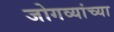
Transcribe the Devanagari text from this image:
जोगव्यांच्या